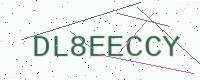
Text: DL8EECCY